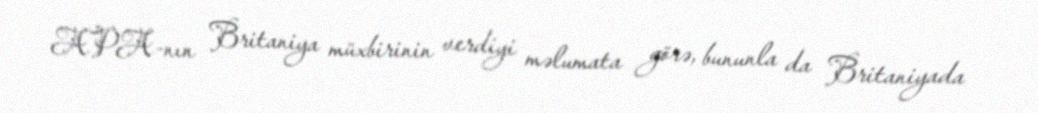
APA-nın Britaniya müxbirinin verdiyi məlumata görə, bununla da Britaniyada